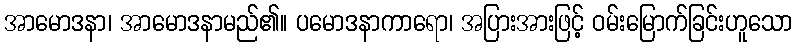
အာမောဒနာ၊ အာမောဒနာမည်၏။ ပမောဒနာကာရော၊ အပြားအားဖြင့် ဝမ်းမြောက်ခြင်းဟူသော